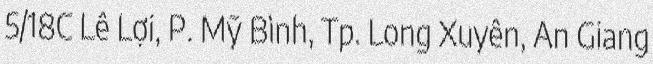
5/18C Lê Lợi, P. Mỹ Bình, Tp. Long Xuyên, An Giang